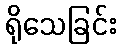
ရိုသေခြင်း